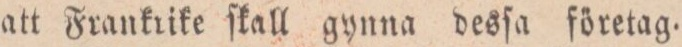
att Frankrike ſkall gynna desſa företag.